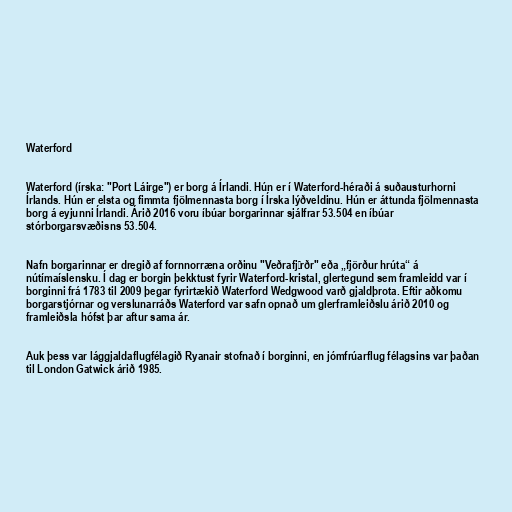
Waterford

Waterford (írska: "Port Láirge") er borg á Írlandi. Hún er í Waterford-héraði á suðausturhorni
Írlands. Hún er elsta og fimmta fjölmennasta borg í Írska lýðveldinu. Hún er áttunda fjölmennasta
borg á eyjunni Írlandi. Árið 2016 voru íbúar borgarinnar sjálfrar 53.504 en íbúar
stórborgarsvæðisns 53.504.

Nafn borgarinnar er dregið af fornnorræna orðinu "Veðrafjǫrðr" eða „fjörður hrúta“ á
nútímaíslensku. Í dag er borgin þekktust fyrir Waterford-kristal, glertegund sem framleidd var í
borginni frá 1783 til 2009 þegar fyrirtækið Waterford Wedgwood varð gjaldþrota. Eftir aðkomu
borgarstjórnar og verslunarráðs Waterford var safn opnað um glerframleiðslu árið 2010 og
framleiðsla hófst þar aftur sama ár.

Auk þess var lággjaldaflugfélagið Ryanair stofnað í borginni, en jómfrúarflug félagsins var þaðan
til London Gatwick árið 1985.